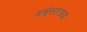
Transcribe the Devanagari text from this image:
अश्रूंसारख्या